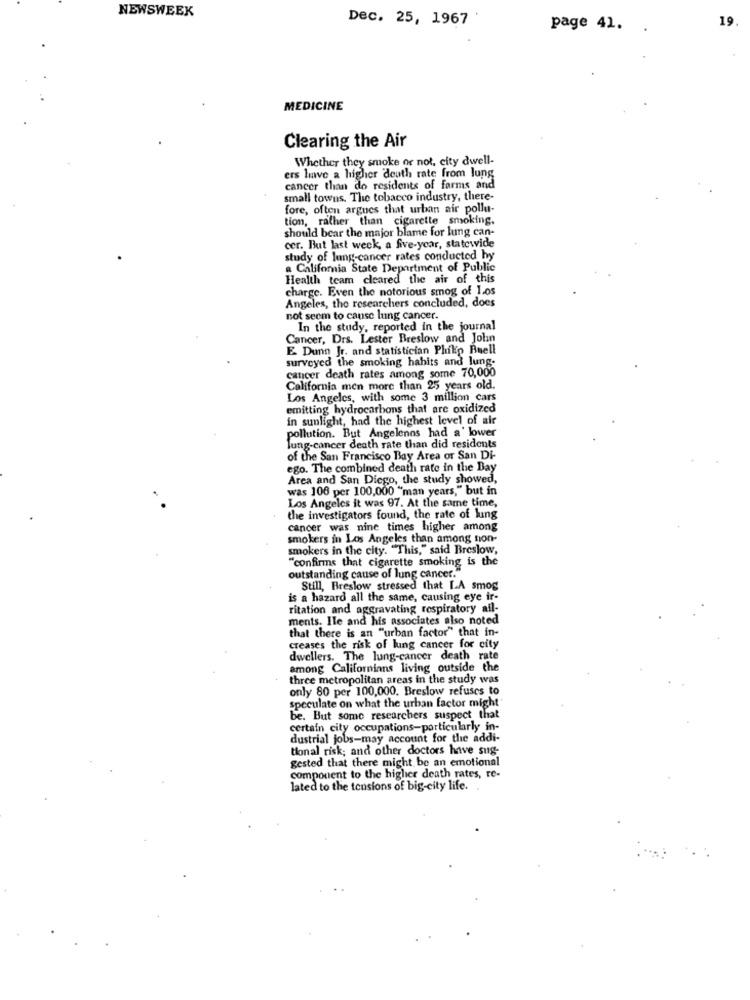
NEWSWEEK
Dec. 25, 1967
19
page 41. .
MEDICINE
Clearing the Air
Whether they smoke or not, city dwell-
ers have a higher death rate from lung
cancer than do residents of farms and
small towns. The tobacco industry, there-
fore, often argues that urban air pollu-
tion, rather than cigarette smoking.
should bear the major blame for lung can-
cer. But last week, a five-year, statewide
study of lung cancer rates conducted hy
a California State Department of Public
Health team cleared the air of this
charge. Even the notorious smog of 1.os
Angeles, the researchers concluded, does
not seem to cause lung cancer.
In the study, reported in the journal
Cancer, Drs. Lester Breslow and John
E. Dunn Jr. and statistician Philip Buell
surveyed the smoking habits and lung-
cancer death rates among some 70,000
California men more than 25 years old.
Los Angeles, with some 3 million cars
emitting hydrocarbons that are oxidized
in sunlight, had the highest level of air
pollution. But Angelenos had a' lower
Jung-cancer death rate than did residents
of the San Francisco Bay Area or San Di-
ego. The combined death rate in the Bay
Area and San Diego, the study showed,
was 106 per 100,000 "man years," but in
Los Angeles it was 97. At the same time,
the investigators found, the rate of lung
cancer was nine times higher among
smokers in Los Angeles than among non-
smokers in the city. "This," said Breslow,
"confirms that cigarette smoking is the
outstanding cause of lung cancer."
Still, Breslow stressed that LA smog
is a hazard all the same, causing eye ir-
ritation and aggravating respiratory ail-
ments. Ile and his associates also noted
that there is an "urban factor" that in-
creases the risk of lung cancer for city
dwellers. The lung-cancer death rate
among Californians living outside the
three metropolitan areas in the study was
only 80 per 100,000. Breslow refuses to
speculate on what the urban factor might'
be. But some researchers suspect that
certain city occupations-particularly in-
dustrial jobs-may account for the addi-
tional risk; and other doctors have sug-
gested that there might be an emotional
component to the higher death rates, re-
lated to the tensions of big-city life.